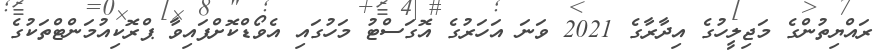
ރައްޔިތުންގެ މަޖިލީހުގެ އިދާރާގެ 2021 ވަނަ އަހަރުގެ އޮގަސްޓު މަހުގައި އެވޯޑްކޮށްފައިވާ ޕްރޮކިއުމަންޓްތަކުގެ